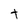
Character: t